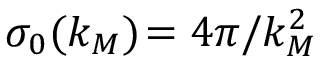
\sigma _ { 0 } ( k _ { M } ) \! = 4 \pi / k _ { M } ^ { 2 }